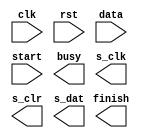
module parallel2serial (
	input wire clk,  // main clock
	input wire rst,  // synchronous reset
	input wire [DATA_BITS-1:0] data,  // parallel input data
	input wire start,  // start command
	output wire busy,  // busy flag
    output wire finish,  // finish acknowledgement
    output wire s_clk,  // serial clock
    output wire s_clr,  // serial clear
    output wire s_dat  // serial output data regwire
	);

	parameter
		P_CLK_FREQ = 200,  // main clock frequency in MHz
		S_CLK_FREQ = 20,  // serial clock frequency in MHz
		DATA_BITS = 16,  // data length
		CODE_ENDIAN = 1;  // 0 for little-endian and 1 for big-endian
	localparam
		COUNT_HALFCYCLE = 1 + (P_CLK_FREQ-1) / S_CLK_FREQ / 2;



endmodule